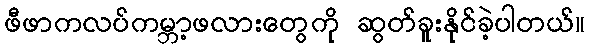
ဖီဖာကလပ်ကမ္ဘာ့ဖလားတွေကို ဆွတ်ခူးနိုင်ခဲ့ပါတယ်။